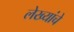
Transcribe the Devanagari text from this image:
लेख्यांचे